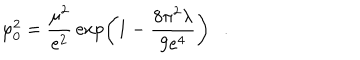
\varphi _ { 0 } ^ { 2 } = { \frac { \mu ^ { 2 } } { e ^ { 2 } } } \exp \left( 1 - { \frac { 8 \pi ^ { 2 } \lambda } { 9 e ^ { 4 } } } \right) .